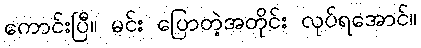
ကောင်းပြီ။ မင်း ပြောတဲ့အတိုင်း လုပ်ရအောင်။